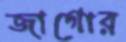
জাগোর